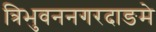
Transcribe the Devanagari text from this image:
त्रिभुवननगरदाङमे